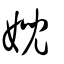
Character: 婗